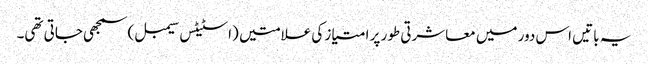
یہ باتیں اس دور میں معاشرتی طور پر امتیاز کی علامتیں (اسٹیٹس سیمبل) سمجھی جاتی تھی۔